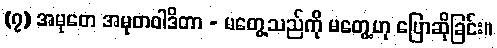
(၇) အမုတေ အမုတဝါဒိတာ - မတွေ့သည်ကို မတွေ့ဟု ပြောဆိုခြင်း။